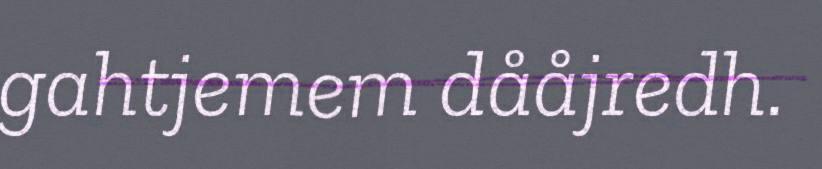
gahtjemem dååjredh.